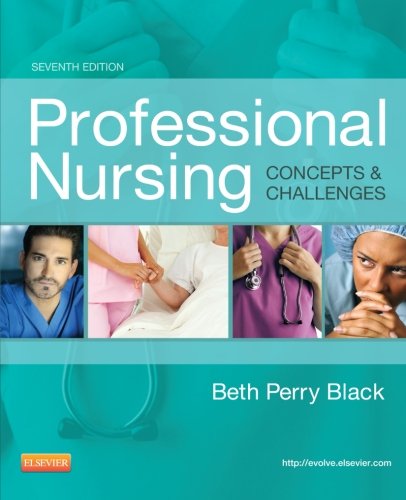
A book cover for Professional Nursing: Concepts & Challenges, 7e (Professional Nursing; Concepts and Challenges); Beth Black RN  MSN  PhD; Medical Books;